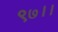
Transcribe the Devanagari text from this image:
९७।।